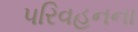
પરિવહનના